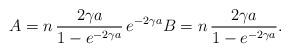
LaTeX: \begin{align*}A = n \, \frac{2 \gamma a}{1 - e^{-2 \gamma a}} \, e^{- 2 \gamma a} B = n \, \frac{2 \gamma a}{1 - e^{-2 \gamma a}}.\end{align*}